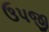
ઉપજી